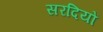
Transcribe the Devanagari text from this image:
सरदियों